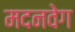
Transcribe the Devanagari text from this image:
मदनवेग